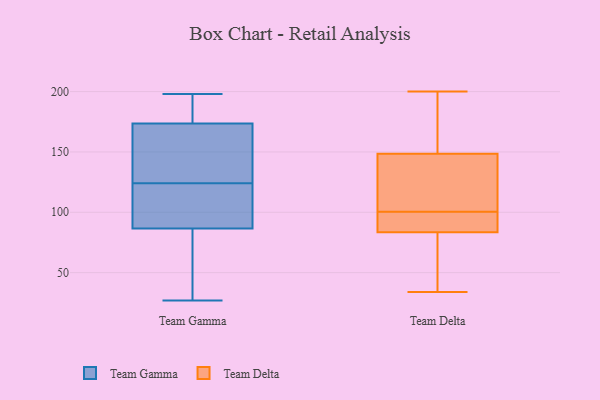
{"axis": {"x": "Humidity (%)", "y": "Value"}, "legend": ["Team Delta", "Team Gamma"], "data": [{"x": "", "y": 109, "type": "Team Gamma"}, {"x": "", "y": 167, "type": "Team Gamma"}, {"x": "", "y": 101, "type": "Team Gamma"}, {"x": "", "y": 81, "type": "Team Gamma"}, {"x": "", "y": 155, "type": "Team Gamma"}, {"x": "", "y": 196, "type": "Team Gamma"}, {"x": "", "y": 160, "type": "Team Gamma"}, {"x": "", "y": 181, "type": "Team Gamma"}, {"x": "", "y": 27, "type": "Team Gamma"}, {"x": "", "y": 81, "type": "Team Gamma"}, {"x": "", "y": 198, "type": "Team Gamma"}, {"x": "", "y": 125, "type": "Team Gamma"}, {"x": "", "y": 180, "type": "Team Gamma"}, {"x": "", "y": 123, "type": "Team Gamma"}, {"x": "", "y": 92, "type": "Team Gamma"}, {"x": "", "y": 65, "type": "Team Gamma"}, {"x": "", "y": 153, "type": "Team Delta"}, {"x": "", "y": 120, "type": "Team Delta"}, {"x": "", "y": 63, "type": "Team Delta"}, {"x": "", "y": 175, "type": "Team Delta"}, {"x": "", "y": 135, "type": "Team Delta"}, {"x": "", "y": 34, "type": "Team Delta"}, {"x": "", "y": 100, "type": "Team Delta"}, {"x": "", "y": 79, "type": "Team Delta"}, {"x": "", "y": 101, "type": "Team Delta"}, {"x": "", "y": 200, "type": "Team Delta"}, {"x": "", "y": 186, "type": "Team Delta"}, {"x": "", "y": 144, "type": "Team Delta"}, {"x": "", "y": 92, "type": "Team Delta"}, {"x": "", "y": 94, "type": "Team Delta"}, {"x": "", "y": 37, "type": "Team Delta"}, {"x": "", "y": 88, "type": "Team Delta"}]}